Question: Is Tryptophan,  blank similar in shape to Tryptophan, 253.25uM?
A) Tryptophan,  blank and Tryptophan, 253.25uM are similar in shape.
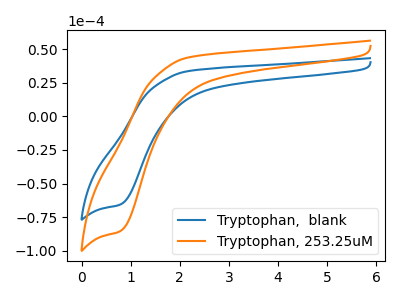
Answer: <think>The blue curve "Tryptophan,  blank" has a cathodic peak at: (0.80V, -65.65uA). The orange curve "Tryptophan, 253.25uM" has a cathodic peak at: (0.80V, -85.40uA).
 All the peaks in "Tryptophan,  blank" have a peak in "Tryptophan, 253.25uM" at the same potential. Every peak in "Tryptophan,  blank" is lower than every peak in "Tryptophan, 253.25uM".</think>
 <answer>A) "Tryptophan,  blank" and "Tryptophan, 253.25uM" are similar in shape.</answer>
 <eval>A</eval>